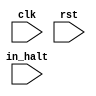
/* Generated by Amaranth Yosys 0.25 (PyPI ver 0.25.0.0.post70, git sha1 e02b7f64b) */

(* \amaranth.hierarchy  = "top" *)
(* top =  1  *)
(* generator = "Amaranth" *)
module top(clk, rst, in_halt);
  reg \$auto$verilog_backend.cc:2083:dump_module$3  = 0;
  (* src = "/data/Github/SNUHSD2023Spring/Lab4/dup_comb.py:22" *)
  wire [4:0] \$1 ;
  (* src = "/usr/local/lib/python3.10/dist-packages/amaranth/hdl/ir.py:527" *)
  input clk;
  wire clk;
  (* src = "/data/Github/SNUHSD2023Spring/Lab4/dup_comb.py:7" *)
  reg [3:0] cnt = 4'h0;
  (* src = "/data/Github/SNUHSD2023Spring/Lab4/dup_comb.py:7" *)
  reg [3:0] \cnt$next ;
  (* src = "/data/Github/SNUHSD2023Spring/Lab4/dup_comb.py:9" *)
  reg [4:0] cnt_next;
  (* src = "/data/Github/SNUHSD2023Spring/Lab4/dup_comb.py:8" *)
  reg cnt_ovf = 1'h0;
  (* src = "/data/Github/SNUHSD2023Spring/Lab4/dup_comb.py:8" *)
  reg \cnt_ovf$next ;
  (* src = "/data/Github/SNUHSD2023Spring/Lab4/dup_comb.py:11" *)
  input in_halt;
  wire in_halt;
  (* src = "/usr/local/lib/python3.10/dist-packages/amaranth/hdl/ir.py:527" *)
  input rst;
  wire rst;
  assign \$1  = cnt + (* src = "/data/Github/SNUHSD2023Spring/Lab4/dup_comb.py:22" *) 1'h1;
  always @(posedge clk)
    cnt <= \cnt$next ;
  always @(posedge clk)
    cnt_ovf <= \cnt_ovf$next ;
  always @* begin
    if (\$auto$verilog_backend.cc:2083:dump_module$3 ) begin end
    { \cnt_ovf$next , \cnt$next  } = cnt_next;
    (* src = "/usr/local/lib/python3.10/dist-packages/amaranth/hdl/xfrm.py:519" *)
    casez (rst)
      1'h1:
        begin
          \cnt$next  = 4'h0;
          \cnt_ovf$next  = 1'h0;
        end
    endcase
  end
  always @* begin
    if (\$auto$verilog_backend.cc:2083:dump_module$3 ) begin end
    cnt_next = \$1 ;
    (* src = "/data/Github/SNUHSD2023Spring/Lab4/dup_comb.py:25" *)
    casez (in_halt)
      /* src = "/data/Github/SNUHSD2023Spring/Lab4/dup_comb.py:25" */
      1'h1:
          cnt_next = cnt_next;
    endcase
  end
endmodule